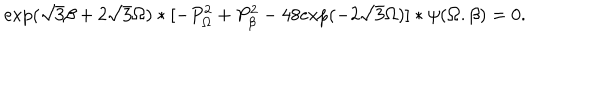
LaTeX: \mathrm { e x p } ( \sqrt { 3 } \beta + 2 \sqrt { 3 } \Omega ) * [ - P _ { \Omega } ^ { 2 } + P _ { \beta } ^ { 2 } - 4 8 \mathrm { e x p } ( - 2 \sqrt { 3 } \Omega ) ] * \psi ( \Omega . \beta ) = 0 .